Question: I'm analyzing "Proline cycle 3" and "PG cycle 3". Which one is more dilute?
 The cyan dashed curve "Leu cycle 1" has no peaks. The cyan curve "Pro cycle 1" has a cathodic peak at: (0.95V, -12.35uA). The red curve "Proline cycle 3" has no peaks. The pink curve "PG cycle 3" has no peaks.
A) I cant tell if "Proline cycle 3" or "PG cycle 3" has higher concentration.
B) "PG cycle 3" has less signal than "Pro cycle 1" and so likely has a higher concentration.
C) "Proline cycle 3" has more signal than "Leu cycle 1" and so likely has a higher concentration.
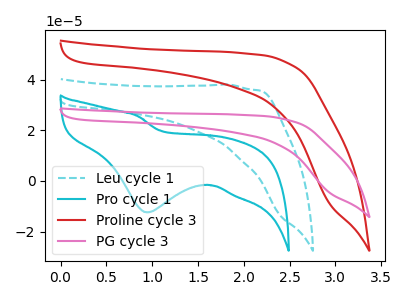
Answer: <think>Neither "Proline cycle 3" or "PG cycle 3" have any peaks.
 </think>
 <answer>A) I cant tell if "Proline cycle 3" or "PG cycle 3" has higher concentration.</answer>
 <eval>A</eval>